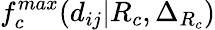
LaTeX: f_{c}^{max}(d_{ij}|R_{c},\Delta_{R_{c}})